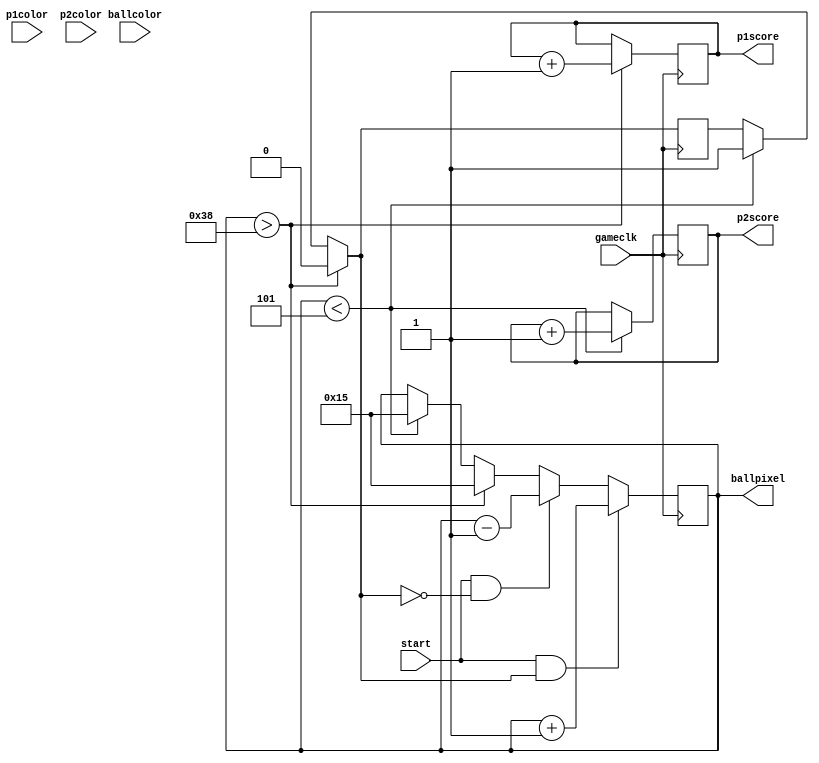
`timescale 1ns / 1ps
//////////////////////////////////////////////////////////////////////////////////
// Company: 
// Engineer: 
// 
// Design Name: 
// Module Name: Game_driver
// Project Name: 
// Target Devices: 
// Tool Versions: 
// Description: 
// 
// Dependencies: 
// 
// Revision:
// Revision 0.01 - File Created
// Additional Comments:
// 
//////////////////////////////////////////////////////////////////////////////////


module Game_driver(
    input gameclk,
    input [31:0] p1color,
    input [31:0] p2color,
    input [31:0] ballcolor,
    input start,
    output reg [0:3] p1score,
    output reg [0:3] p2score,
    output reg [0:5] ballpixel
    );
    
    reg direction;
    
    initial begin
    p1score = 0;
    p2score = 0;
    ballpixel = 29;
    direction = 0;
    end
    
    always @ (posedge gameclk) begin
    
        if ( ballpixel < 5) begin
            ballpixel <= 21;
            direction = 1;
            p2score <= p2score +1;
        end
        
        if ( ballpixel > 56 ) begin
            ballpixel <=21;
            direction = 0;
            p1score <= p1score +1;
        end
        
        if ( start & direction ) begin
                ballpixel <= ballpixel + 1;
        end
        else if (start & ~direction) begin
                ballpixel <= ballpixel - 1;
        end
         
    end    
    
endmodule